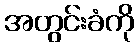
အတွင်းခံကို